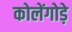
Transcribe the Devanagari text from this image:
कोलेंगोड़े